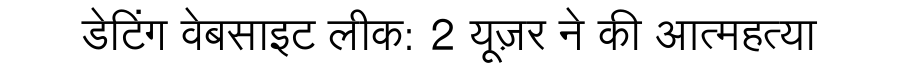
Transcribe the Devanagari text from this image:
डेटिंग वेबसाइट लीक: 2 यूज़र ने की आत्महत्या